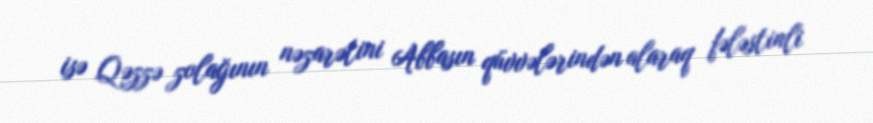
isə Qəzzə zolağının nəzarətini Abbasın qüvvələrindən alaraq fələstinli